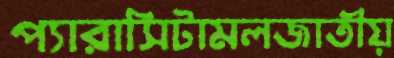
প্যারাসিটামলজাতীয়